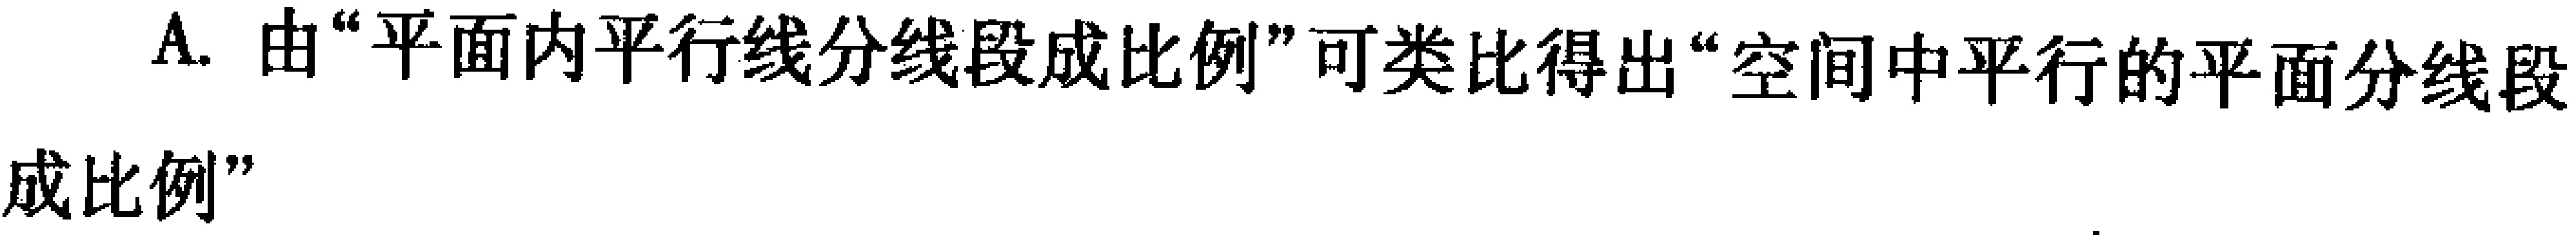
A. 由“平面内平行线分线段成比例”可类比得出“空间中平行的平面分线段成比例”